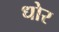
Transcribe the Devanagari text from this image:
धोर